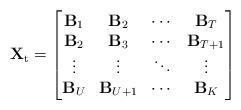
LaTeX: \begin{align*}\mathbf{X}_{\mathrm{t}}=\begin{bmatrix}\mathbf{B}_1 & \mathbf{B}_2 & \cdots & \mathbf{B}_{T}\\\mathbf{B}_2 & \mathbf{B}_3 & \cdots & \mathbf{B}_{T+1}\\\vdots & \vdots & \ddots & \vdots\\\mathbf{B}_{U} & \mathbf{B}_{U+1} & \cdots & \mathbf{B}_{K}\\\end{bmatrix}\end{align*}